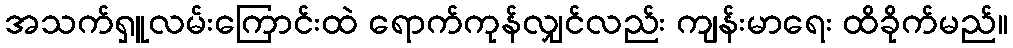
အသက်ရှူလမ်းကြောင်းထဲ ရောက်ကုန်လျှင်လည်း ကျန်းမာရေး ထိခိုက်မည်။